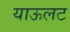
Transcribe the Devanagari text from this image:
याऊलट